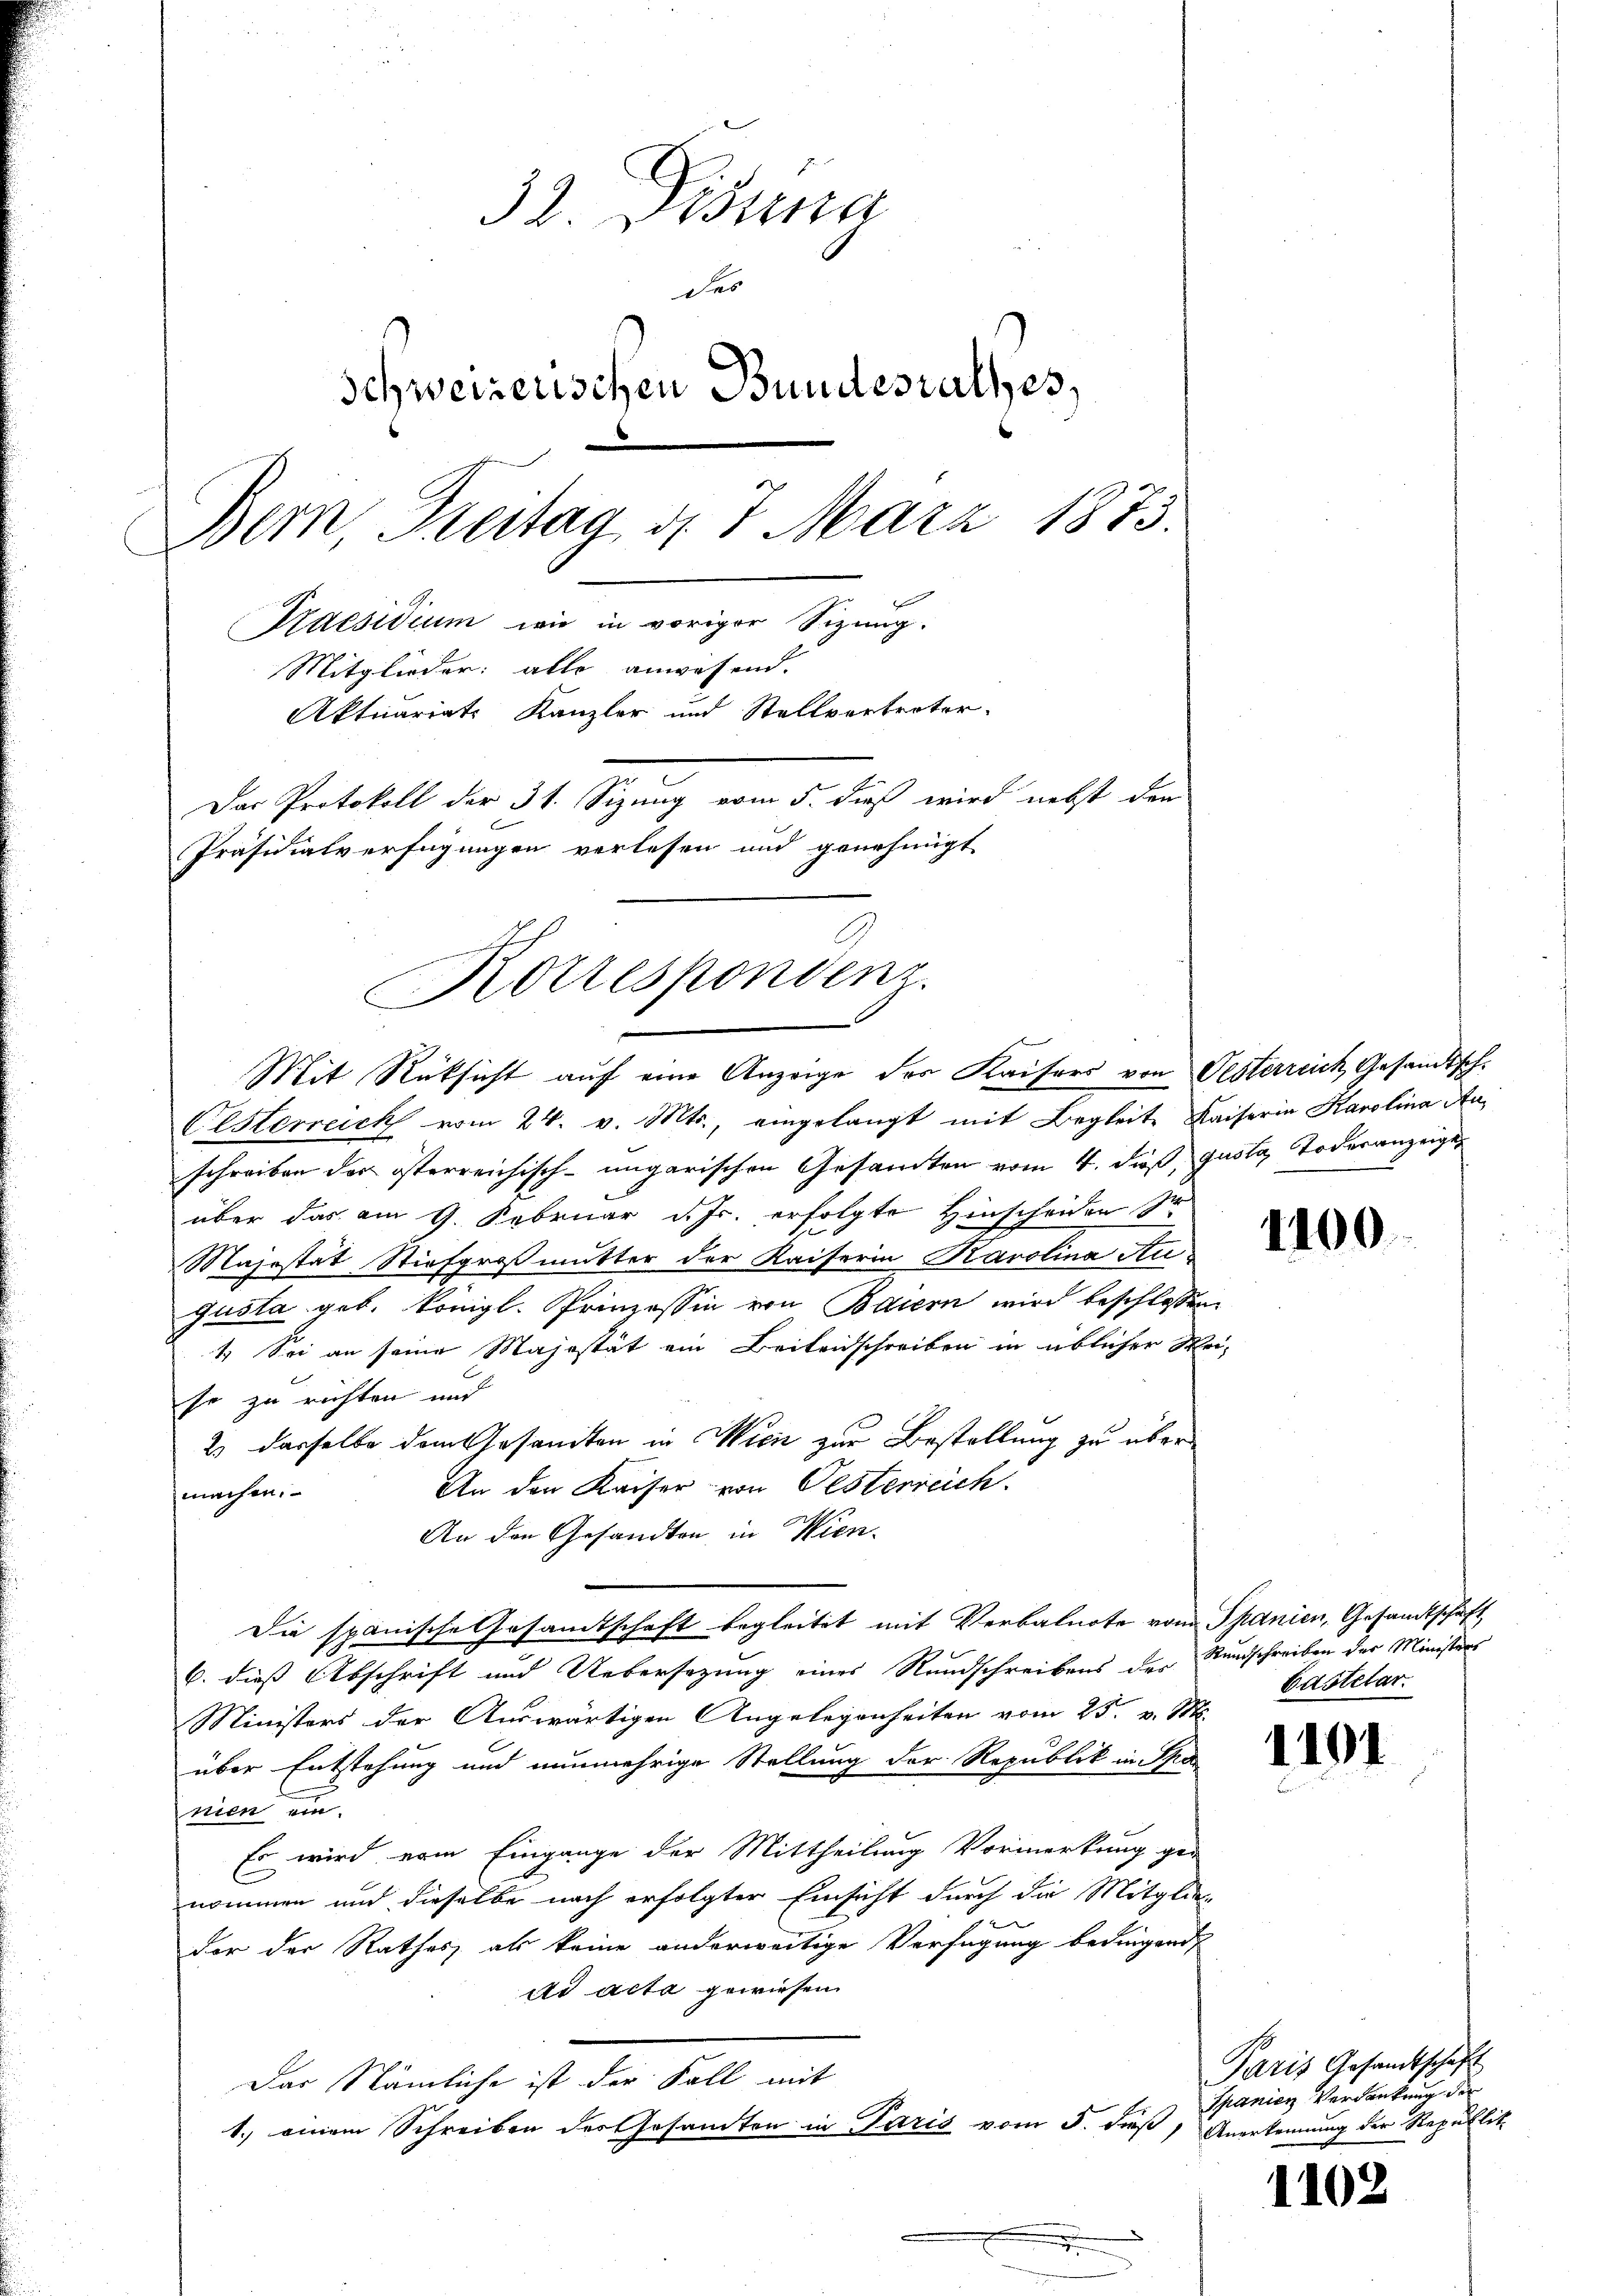
32. Dissna
Das
Schweizerischen Bundesrathes,
Bern, Freitag d. 7. März 1873.
Praesidium wie in voriger Sizung.
Mitglieder: alle anwesend.
Aktuariat Kanzler und Stellvertreter.
Das Protokoll der 31. Sizung vom 5. daß wird nebst den
Präsidialverfügungen verlesen und genehmigt

Korrespondenz.
Mit Rüksicht auf eine Anzeige des Kaisers von Gesterreich Gesandtsch¬

Elsterreich vom 24. v. Mts., eingelangt mit Begleite Kaiserin Karolina Auschreiben der österreichisch-ungarischen Gesamten vom 4. daß, juste Todesanzeige
über das am 9. Februar d. Js. erfolgte Hinscheiden sie
Majestät Stiefgroßmutter der Kaiserin Karolina Augusla geb. königl. Prinzessin von Baiern wird beschlossen:
1. Sei an seine Majestät ein Beileidschreiben in üblicher Weise zu richten und
2.) dasselbe dem Gesandten in Wici zur Bestellung zu über
An den Kaiser von Oesterreich
machen.
An den Gesandten in Wien.
Die spanische Gesandtschaft begleitet mit Verbalnote vom Spanien, Gesandtschaft,
6. dieß Abschrift und Uebersezung eines Rundschreibens der Rundschreiben der Ministers
Ministers der Auswärtigen Angelegenheiten vom 25. v. M.
über Entstehung und nunmehrige Stellung der Republik in Sa
nien ein.
Es wird vom Eingange der Mittheilung Vormerkung gen
nommen und dieselbe nach erfolgter Einsicht durch die Mitglieder der Rathes, als keine anderweitige Verfügung bedingend
ad acta gewiesen.
Das Nämliche ist der Fall mit
1.) einem Schreiben des Gesandten in Paris vom 5. dieß Anerkennung der Republit
.
.

1100.

Castetar.

1191

Paris Gesandtschaft
Spanien Verdankung der

1102